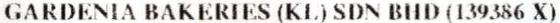
GARDENIA BAKERIES (KL) SDN BHD (139386 X)